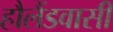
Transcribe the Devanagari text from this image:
हौलैंडवासी